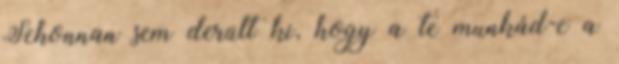
Sehonnan sem derült ki, hogy a te munkád-e a